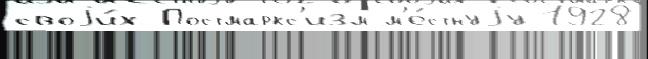
своjи́х Постмаркс'изм м'е́стнуjу 1928